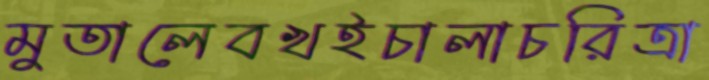
মুতালেবখইচালাচরিত্রা